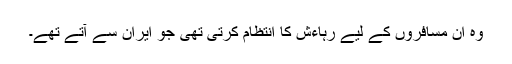
وہ ان مسافروں کے لیے رہاءش کا انتظام کرتی تھی جو ایران سے آتے تھے۔